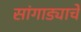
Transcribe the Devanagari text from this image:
सांगाड्याचे